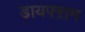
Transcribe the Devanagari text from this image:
डायफ्ऱाम